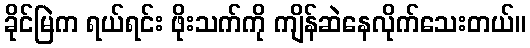
ခိုင်မြဲက ရယ်ရင်း ဖိုးသက်ကို ကျိန်ဆဲနေလိုက်သေးတယ်။